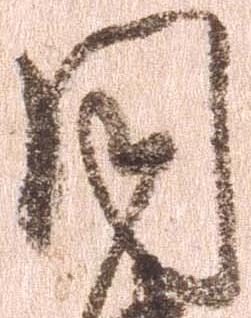
同